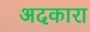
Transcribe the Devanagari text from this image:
अदकारा